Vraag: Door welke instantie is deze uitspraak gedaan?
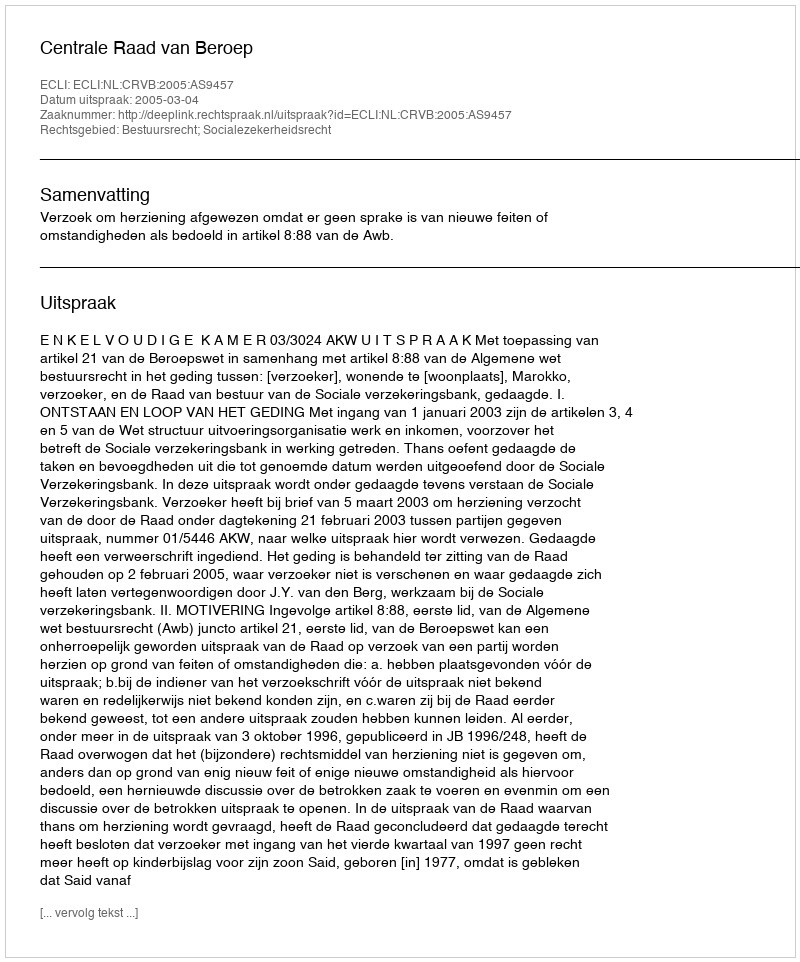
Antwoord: Centrale Raad van Beroep